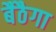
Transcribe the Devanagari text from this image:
बैठैगा